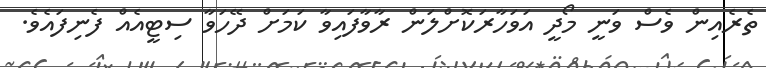
ތެރެއިން ވެސް ވަނީ މޯދީ އަވަހާރަކޮށްލަން ރާވާފައިވާ ކަމަށް ދޭހަވާ ސިޓީއެއް ފެނިފައެވެ.